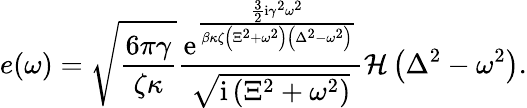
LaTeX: e(\omega)=\sqrt{\frac{6\pi\gamma}{\zeta\kappa}}\frac{{\mathrm e}^{\frac{\frac{3}{2}\mathrm{i}\gamma^{2}\omega^{2}}{\beta\kappa\zeta\left(\Xi^{2}+\omega^{2}\right)\left(\Delta^{2}-\omega^{2}\right)}}}{\sqrt{\mathrm{i}\left(\Xi^{2}+\omega^{2}\right)}}\mathcal{H}\left(\Delta^{2}-\omega^{2}\right).